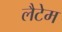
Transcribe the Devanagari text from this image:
लैटेम